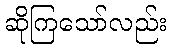
ဆိုကြသော်လည်း